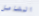
الشامل